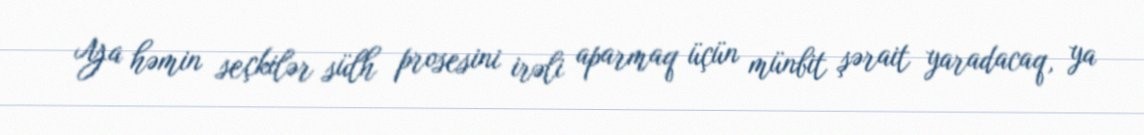
Ya həmin seçkilər sülh prosesini irəli aparmaq üçün münbit şərait yaradacaq, ya